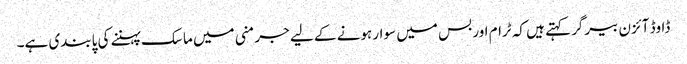
ڈاوڈ آئزن بیرگر کہتے ہیں کہ ٹرام اور بس میں سوار ہونے کے لیے جرمنی میں ماسک پہننے کی پابندی ہے۔